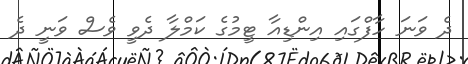
ދެ ވަނަ ހާފްގައި އިންޑިއާ ޓީމުގެ ކަމްލާ ދެވީ ވެސް ވަނީ ދެ